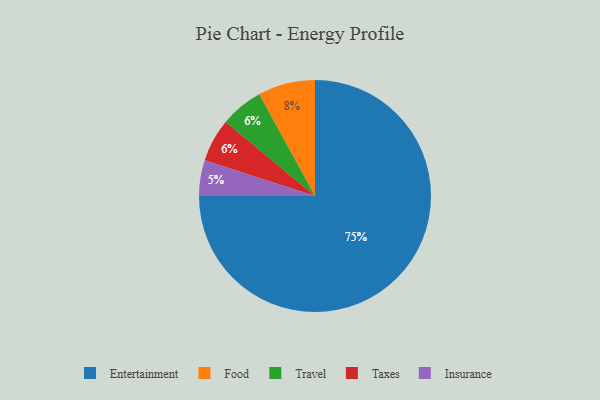
{"axis": {"x": "Category", "y": "Percentage"}, "legend": ["Entertainment", "Food", "Insurance", "Taxes", "Travel"], "data": [{"x": "Insurance", "y": 5, "type": "Insurance"}, {"x": "Travel", "y": 6, "type": "Travel"}, {"x": "Entertainment", "y": 75, "type": "Entertainment"}, {"x": "Taxes", "y": 6, "type": "Taxes"}, {"x": "Food", "y": 8, "type": "Food"}]}